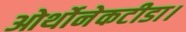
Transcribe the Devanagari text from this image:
ओर्थोनेकटीडा।